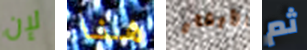
لإن هنا الأبقار ثم